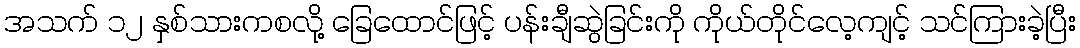
အသက် ၁၂ နှစ်သားကစလို့ ခြေထောင်ဖြင့် ပန်းချီဆွဲခြင်းကို ကိုယ်တိုင်လေ့ကျင့် သင်ကြားခဲ့ပြီး